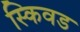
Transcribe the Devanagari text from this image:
स्किवड